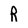
Character: R